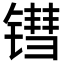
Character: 𬭬